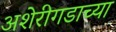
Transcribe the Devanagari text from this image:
अशेरीगडाच्या